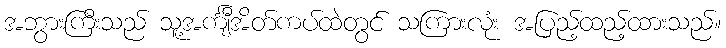
အဘွားကြီးသည် သူ့အင်္ကျီအိတ်ကပ်ထဲတွင် သကြားလုံး အပြည့်ထည့်ထားသည်။